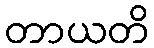
တာယတိ